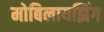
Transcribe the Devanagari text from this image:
मोबिलायझिंग